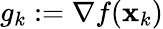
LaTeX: g_{k}:=\nabla f(\mathbf{x}_{k})